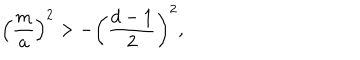
LaTeX: \left( { \frac { m } { a } } \right) ^ { 2 } > - \biggl ( { \frac { d - 1 } { 2 } } \biggr ) ^ { 2 } ,